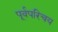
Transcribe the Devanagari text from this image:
पूर्वपरिचय